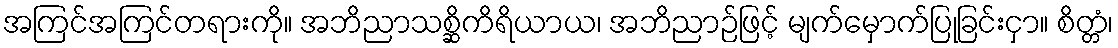
အကြင်အကြင်တရားကို။ အဘိညာသစ္ဆိကိရိယာယ၊ အဘိညာဉ်ဖြင့် မျက်မှောက်ပြုခြင်းငှာ။ စိတ္တံ၊